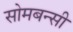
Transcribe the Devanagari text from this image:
सोमबन्सी